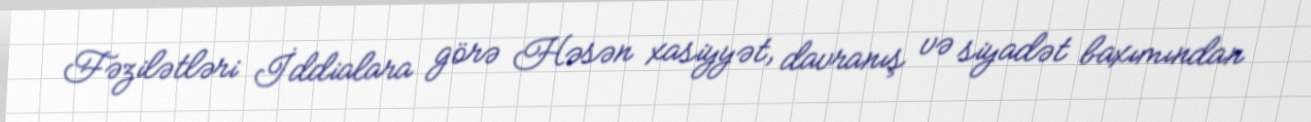
Fəzilətləri İddialara görə Həsən xasiyyət, davranış və siyadət baxımından